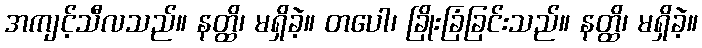
အကျင့်သီလသည်။ နတ္ထိ၊ မရှိခဲ့။ တပေါ၊ ခြိုးခြံခြင်းသည်။ နတ္ထိ၊ မရှိခဲ့။